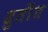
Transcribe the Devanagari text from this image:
श्रुतींत